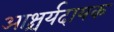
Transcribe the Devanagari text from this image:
आश्चर्यदायक